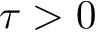
\tau > 0